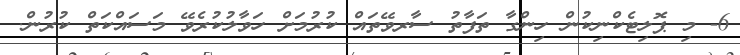
6- މި ޕޮލިޓެކްނިކުން ހިންގާ ތަފާތު ސާރވޭތައް ކުރުމަށް ހަވާލުކުރެވޭ މަސައްކަތް ކުރުން.